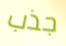
جذب